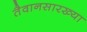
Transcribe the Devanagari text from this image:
तैवानसारख्या